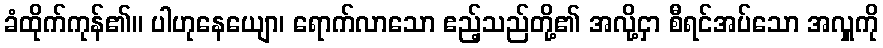
ခံထိုက်ကုန်၏။ ပါဟုနေယျော၊ ရောက်လာသော ဧည့်သည်တို့၏ အလို့ငှာ စီရင်အပ်သော အလှူကို